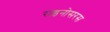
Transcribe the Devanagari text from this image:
राइनोसरस